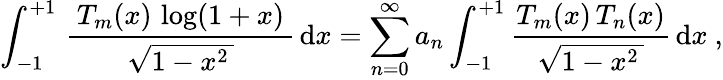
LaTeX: \int_{-1}^{+1}\, {\frac{\, T_{m}(x)\, \log(1+x)\, }{\, {\sqrt{1-x^{2}\, }}\, }}\, \mathrm{d}x=\sum_{n=0}^{\infty}a_{n}\int_{-1}^{+1}{\frac{T_{m}(x)\, T_{n}(x)}{\, {\sqrt{1-x^{2}\, }}\, }}\, \mathrm{d}x~,